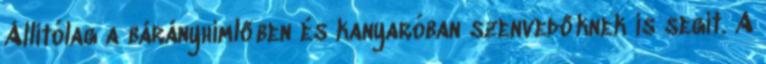
Állítólag a bárányhimlőben és kanyaróban szenvedőknek is segít. A